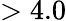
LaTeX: >4.0